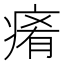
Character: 𤷤